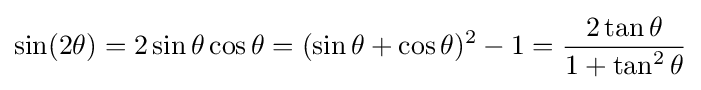
\sin(2\theta )=2\sin \theta \cos \theta =(\sin \theta +\cos \theta )^{2}-1={\frac {2\tan \theta }{1+\tan ^{2}\theta }}